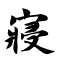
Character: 寝